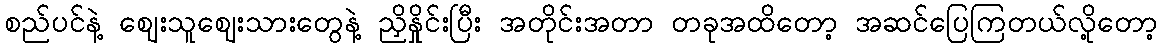
စည်ပင်နဲ့ ဈေးသူဈေးသားတွေနဲ့ ညှိနှိုင်းပြီး အတိုင်းအတာ တခုအထိတော့ အဆင်ပြေကြတယ်လို့တော့